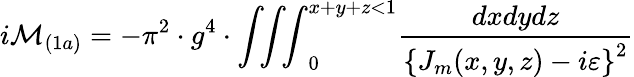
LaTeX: i{\cal M}_{(1a)}=-\pi^{2}\cdot g^{4}\cdot{\int\! \! \int\! \! \int}_{0}^{x+y+z<1}\frac{dxdydz}{\left\{ J_{m}(x,y,z)-i\varepsilon\right\} ^{2}}